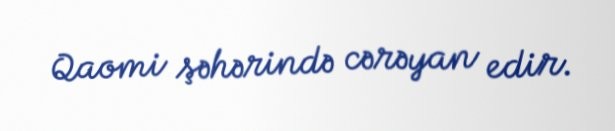
Qaomi şəhərində cərəyan edir.